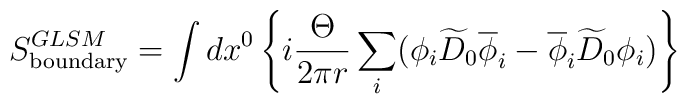
S^{GLSM}_{\rm boundary}= \int dx^0\left\{  i{\Theta\over{2\pi r}}\sum_i (\phi_i \widetilde{D}_0\overline{\phi}_i - \overline{\phi}_i\widetilde{D}_0 \phi_i)\right\}